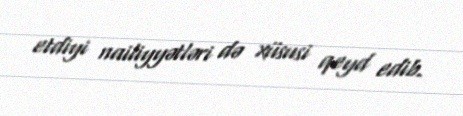
etdiyi nailiyyətləri də xüsusi qeyd edib.